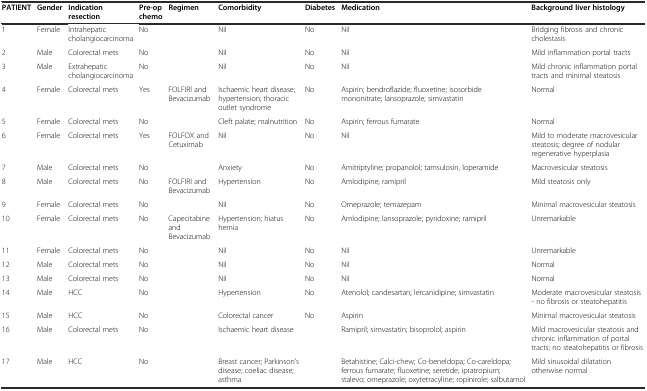
<table><thead><tr><td><b>PATIENT</b></td><td><b>Gender</b></td><td><b>Indication resection</b></td><td><b>Pre-op chemo</b></td><td><b>Regimen</b></td><td><b>Comorbidity</b></td><td><b>Diabetes</b></td><td><b>Medication</b></td><td><b>Background liver histology</b></td></tr></thead><tbody><tr><td>1</td><td>Female</td><td>Intrahepatic cholangiocarcinoma</td><td>No</td><td></td><td>Nil</td><td>No</td><td>Nil</td><td>Bridging fibrosis and chronic cholestasis</td></tr><tr><td>2</td><td>Male</td><td>Colorectal mets</td><td>No</td><td></td><td>Nil</td><td>No</td><td>Nil</td><td>Mild inflammation portal tracts</td></tr><tr><td>3</td><td>Male</td><td>Extrahepatic cholangiocarcinoma</td><td>No</td><td></td><td>Nil</td><td>No</td><td>Nil</td><td>Mild chronic inflammation portal tracts and minimal steatosis</td></tr><tr><td>4</td><td>Female</td><td>Colorectal mets</td><td>Yes</td><td>FOLFIRI and Bevacizumab</td><td>Ischaemic heart disease; hypertension; thoracic outlet syndrome</td><td>No</td><td>Aspirin; bendroflazide; fluoxetine; isosorbide mononitrate; lansoprazole; simvastatin</td><td>Normal</td></tr><tr><td>5</td><td>Female</td><td>Colorectal mets</td><td>No</td><td></td><td>Cleft palate; malnutrition</td><td>No</td><td>Aspirin; ferrous fumarate</td><td>Normal</td></tr><tr><td>6</td><td>Female</td><td>Colorectal mets</td><td>Yes</td><td>FOLFOX and Cetuximab</td><td>Nil</td><td>No</td><td>Nil</td><td>Mild to moderate macrovesicular steatosis; degree of nodular regenerative hyperplasia</td></tr><tr><td>7</td><td>Male</td><td>Colorectal mets</td><td>No</td><td></td><td>Anxiety</td><td>No</td><td>Amitriptyline; propanolol; tamsulosin, loperamide</td><td>Macrovesicular steatosis</td></tr><tr><td>8</td><td>Male</td><td>Colorectal mets</td><td>No</td><td>FOLFIRI and Bevacizumab</td><td>Hypertension</td><td>No</td><td>Amlodipine; ramipril</td><td>Mild steatosis only</td></tr><tr><td>9</td><td>Female</td><td>Colorectal mets</td><td>No</td><td></td><td>Nil</td><td>No</td><td>Omeprazole; temazepam</td><td>Minimal macrovesicular steatosis</td></tr><tr><td>10</td><td>Female</td><td>Colorectal mets</td><td>No</td><td>Capecitabine and Bevacizumab</td><td>Hypertension; hiatus hernia</td><td>No</td><td>Amlodipine; lansoprazole; pyridoxine; ramipril</td><td>Unremarkable</td></tr><tr><td>11</td><td>Female</td><td>Colorectal mets</td><td>No</td><td></td><td>Nil</td><td>No</td><td>Nil</td><td>Unremarkable</td></tr><tr><td>12</td><td>Male</td><td>Colorectal mets</td><td>No</td><td></td><td>Nil</td><td>No</td><td>Nil</td><td>Normal</td></tr><tr><td>13</td><td>Male</td><td>Colorectal mets</td><td>No</td><td></td><td>Nil</td><td>No</td><td>Nil</td><td>Normal</td></tr><tr><td>14</td><td>Male</td><td>HCC</td><td>No</td><td></td><td>Hypertension</td><td>No</td><td>Atenolol; candesartan; lercanidipine; simvastatin</td><td>Moderate macrovesicular steatosis - no fibrosis or steatohepatitis</td></tr><tr><td>15</td><td>Male</td><td>HCC</td><td>No</td><td></td><td>Colorectal cancer</td><td>No</td><td>Aspirin</td><td>Minimal macrovesicular steatosis</td></tr><tr><td>16</td><td>Male</td><td>Colorectal mets</td><td>No</td><td></td><td>Ischaemic heart disease</td><td></td><td>Ramipril; simvastatin; bisoprolol; aspirin</td><td>Mild macrovesicular steatosis and chronic inflammation of portal tracts; no steatohepatitis or fibrosis</td></tr><tr><td>17</td><td>Male</td><td>HCC</td><td>No</td><td></td><td>Breast cancer; Parkinson’s disease; coeliac disease; asthma</td><td></td><td>Betahistine; Calci-chew; Co-beneldopa; Co-careldopa; ferrous fumarate; fluoxetine; seretide; ipratropium; stalevo; omeprazole; oxytetracyline; ropinirole; salbutamol</td><td>Mild sinusoidal dilatation otherwise normal</td></tr></tbody></table>